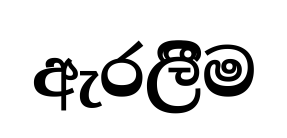
ඇරලීිම